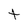
Character: t